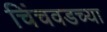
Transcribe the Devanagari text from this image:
चिंचवडच्या